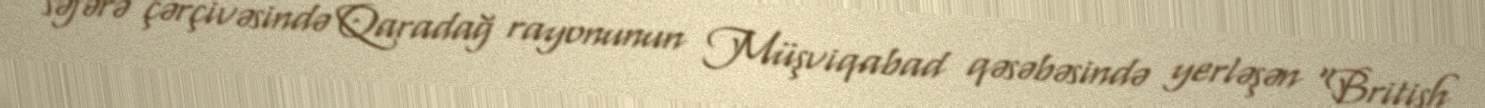
səfərə çərçivəsində Qaradağ rayonunun Müşviqabad qəsəbəsində yerləşən “British